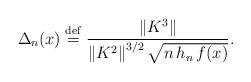
LaTeX: \begin{align*}\Delta _{n}(x)\stackrel{\mathrm{def}}{=}\frac{\left\Vert K^{3}\right\Vert }{\left\Vert K^{2}\right\Vert ^{3/2}\sqrt{n\,h_{n}\,f(x)}}. \end{align*}